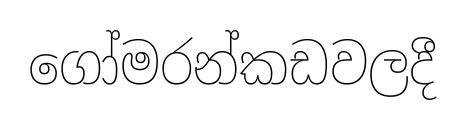
ගෝමරන්කඩවලදී